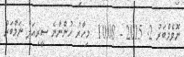
ނޮވެމްބަރު 2